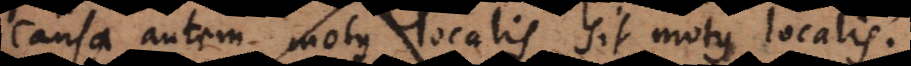
causa autem motus localis sit motus localis;